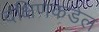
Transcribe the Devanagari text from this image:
दक्षिणकडेल